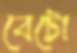
বেটো